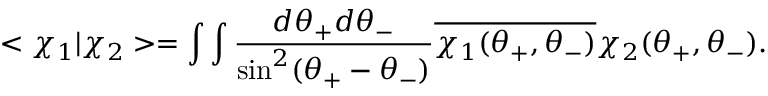
< \chi _ { 1 } | \chi _ { 2 } > = \int \int \frac { d \theta _ { + } d \theta _ { - } } { \sin ^ { 2 } ( \theta _ { + } - \theta _ { - } ) } \overline { { { \chi _ { 1 } ( \theta _ { + } , \theta _ { - } ) } } } \chi _ { 2 } ( \theta _ { + } , \theta _ { - } ) .